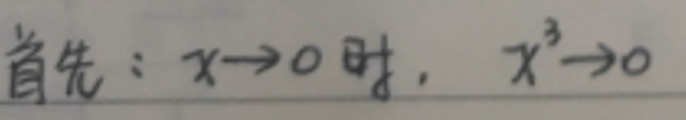
首先：\(x \to 0\)时，\(x^{2} \to 0\)